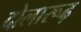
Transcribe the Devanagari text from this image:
दोलारूढ़